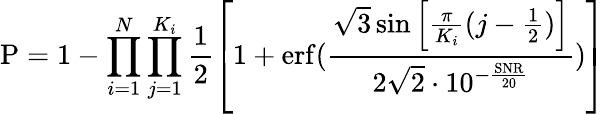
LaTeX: \mathrm{P}=1-\prod_{i=1}^{N}\prod_{j=1}^{K_{i}}\frac{1}{2}\left[1+\mathrm{erf}(\frac{\sqrt{3}\sin\left[\frac{\pi}{K_{i}}(j-\frac{1}{2})\right]}{2\sqrt{2}\cdot 10^{-\frac{\mathrm{SNR}}{20}}})\right]